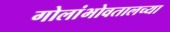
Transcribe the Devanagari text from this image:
गोलांभोवतालच्या